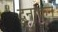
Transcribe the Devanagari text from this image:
दुनाकन